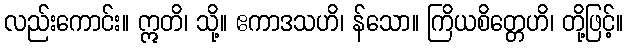
လည်းကောင်း။ ဣတိ၊ သို့။ ဧကာဒသဟိ၊ န်သော။ ကြိယစိတ္တေဟိ၊ တို့ဖြင့်။